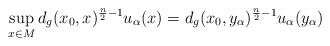
\begin{align*}\sup_{x\in M}d_g(x_0, x)^{\frac{n}{2}-1}u_\alpha(x) = d_g(x_0,y_\alpha)^{\frac{n}{2}-1}u_\alpha(y_\alpha)\end{align*}